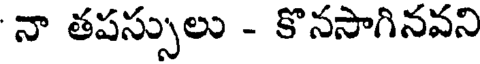
నా తపస్సులు - కొనసాగినవని